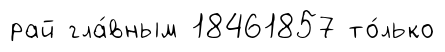
рай гла́вным 18461857 то́лько